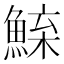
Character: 𫙢